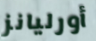
أورليانز